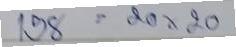
158 = 20x20